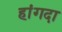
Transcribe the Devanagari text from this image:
हांगदा